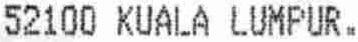
52100 KUALA LUMPUR.